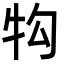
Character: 𭷖